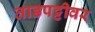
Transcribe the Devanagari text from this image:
ताडपट्टीवर